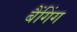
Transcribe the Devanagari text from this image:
बैंगिंग